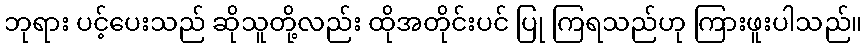
ဘုရား ပင့်ပေးသည် ဆိုသူတို့လည်း ထိုအတိုင်းပင် ပြု ကြရသည်ဟု ကြားဖူးပါသည်။